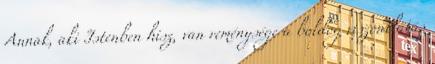
Annak, aki Istenben hisz, van reménysége a boldog viszontlátás